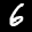
Label: 6